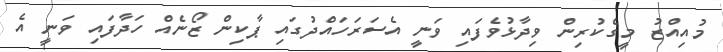
މުއިއްޒު މީގެކުރިން ވިދާޅުވެފައި ވަނީ އެސަރަހައްދުގައި ޕާކިން ޒޯނެއް ހަދާފައި ވަނީ އެ